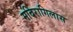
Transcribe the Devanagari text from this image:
मदिरागिलास